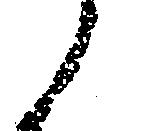
候